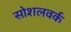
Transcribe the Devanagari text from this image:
सोशलवर्क